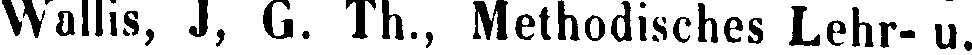
Wallis, J, G. Th., Methodisches Lehr- u.